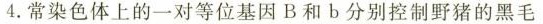
4.常染色体上的一对等位基因B和b分别控制野猪的黑毛